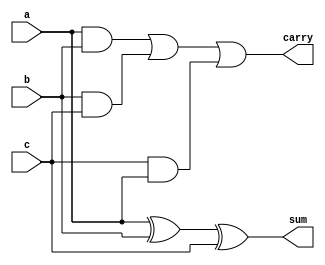
module fulladder(a,b,c,carry,sum);

input a,b,c;
output sum,carry;

assign sum = a ^ b ^ c;
assign carry = ((a&b)|(b&c)|(c&a));

endmodule


module halfadder(a,b,carry,sum);

input a,b;
output sum,carry;
                   
assign sum = a ^ b ;
assign carry = a&b ;

endmodule 
     

//for 1 bit number

module flip_flop(d,q,clk,reset);
input d,clk,reset;
output reg q;

always@(posedge clk)
begin
if(reset==1'b1)
q<=1'b0;
else
q<=d;
end 

endmodule

                  
            
module CSAM(a,b,clk,reset,out);

input [15:0] a,b;
input clk,reset;
output [31:0] out;

wire [15:0]pp0,pp1,pp2,pp3,pp4,pp5,pp6,pp7,pp8,pp9,pp10,pp11,pp12,pp13,pp14,pp15;




assign pp0 = {a[15]&b[0],a[14]&b[0],a[13]&b[0],a[12]&b[0],a[11]&b[0],a[10]&b[0],a[9]&b[0],a[8]&b[0],a[7]&b[0],a[6]&b[0],a[5]&b[0],a[4]&b[0],a[3]&b[0],a[2]&b[0],a[1]&b[0],a[0]&b[0]};
assign pp1 = {a[15]&b[1],a[14]&b[1],a[13]&b[1],a[12]&b[1],a[11]&b[1],a[10]&b[1],a[9]&b[1],a[8]&b[1],a[7]&b[1],a[6]&b[1],a[5]&b[1],a[4]&b[1],a[3]&b[1],a[2]&b[1],a[1]&b[1],a[0]&b[1]};
assign pp2 = {a[15]&b[2],a[14]&b[2],a[13]&b[2],a[12]&b[2],a[11]&b[2],a[10]&b[2],a[9]&b[2],a[8]&b[2],a[7]&b[2],a[6]&b[2],a[5]&b[2],a[4]&b[2],a[3]&b[2],a[2]&b[2],a[1]&b[2],a[0]&b[2]};
assign pp3 = {a[15]&b[3],a[14]&b[3],a[13]&b[3],a[12]&b[3],a[11]&b[3],a[10]&b[3],a[9]&b[3],a[8]&b[3],a[7]&b[3],a[6]&b[3],a[5]&b[3],a[4]&b[3],a[3]&b[3],a[2]&b[3],a[1]&b[3],a[0]&b[3]};
assign pp4 = {a[15]&b[4],a[14]&b[4],a[13]&b[4],a[12]&b[4],a[11]&b[4],a[10]&b[4],a[9]&b[4],a[8]&b[4],a[7]&b[4],a[6]&b[4],a[5]&b[4],a[4]&b[4],a[3]&b[4],a[2]&b[4],a[1]&b[4],a[0]&b[4]};
assign pp5 = {a[15]&b[5],a[14]&b[5],a[13]&b[5],a[12]&b[5],a[11]&b[5],a[10]&b[5],a[9]&b[5],a[8]&b[5],a[7]&b[5],a[6]&b[5],a[5]&b[5],a[4]&b[5],a[3]&b[5],a[2]&b[5],a[1]&b[5],a[0]&b[5]};
assign pp6 = {a[15]&b[6],a[14]&b[6],a[13]&b[6],a[12]&b[6],a[11]&b[6],a[10]&b[6],a[9]&b[6],a[8]&b[6],a[7]&b[6],a[6]&b[6],a[5]&b[6],a[4]&b[6],a[3]&b[6],a[2]&b[6],a[1]&b[6],a[0]&b[6]};
assign pp7 = {a[15]&b[7],a[14]&b[7],a[13]&b[7],a[12]&b[7],a[11]&b[7],a[10]&b[7],a[9]&b[7],a[8]&b[7],a[7]&b[7],a[6]&b[7],a[5]&b[7],a[4]&b[7],a[3]&b[7],a[2]&b[7],a[1]&b[7],a[0]&b[7]};
assign pp8 = {a[15]&b[8],a[14]&b[8],a[13]&b[8],a[12]&b[8],a[11]&b[8],a[10]&b[8],a[9]&b[8],a[8]&b[8],a[7]&b[8],a[6]&b[8],a[5]&b[8],a[4]&b[8],a[3]&b[8],a[2]&b[8],a[1]&b[8],a[0]&b[8]};
assign pp9 = {a[15]&b[9],a[14]&b[9],a[13]&b[9],a[12]&b[9],a[11]&b[9],a[10]&b[9],a[9]&b[9],a[8]&b[9],a[7]&b[9],a[6]&b[9],a[5]&b[9],a[4]&b[9],a[3]&b[9],a[2]&b[9],a[1]&b[9],a[0]&b[9]};
assign pp10 = {a[15]&b[10],a[14]&b[10],a[13]&b[10],a[12]&b[10],a[11]&b[10],a[10]&b[10],a[9]&b[10],a[8]&b[10],a[7]&b[10],a[6]&b[10],a[5]&b[10],a[4]&b[10],a[3]&b[10],a[2]&b[10],a[1]&b[10],a[0]&b[10]};
assign pp11 = {a[15]&b[11],a[14]&b[11],a[13]&b[11],a[12]&b[11],a[11]&b[11],a[10]&b[11],a[9]&b[11],a[8]&b[11],a[7]&b[11],a[6]&b[11],a[5]&b[11],a[4]&b[11],a[3]&b[11],a[2]&b[11],a[1]&b[11],a[0]&b[11]};
assign pp12 = {a[15]&b[12],a[14]&b[12],a[13]&b[12],a[12]&b[12],a[11]&b[12],a[10]&b[12],a[9]&b[12],a[8]&b[12],a[7]&b[12],a[6]&b[12],a[5]&b[12],a[4]&b[12],a[3]&b[12],a[2]&b[12],a[1]&b[12],a[0]&b[12]};
assign pp13 = {a[15]&b[13],a[14]&b[13],a[13]&b[13],a[12]&b[13],a[11]&b[13],a[10]&b[13],a[9]&b[13],a[8]&b[13],a[7]&b[13],a[6]&b[13],a[5]&b[13],a[4]&b[13],a[3]&b[13],a[2]&b[13],a[1]&b[13],a[0]&b[13]};
assign pp14 = {a[15]&b[14],a[14]&b[14],a[13]&b[14],a[12]&b[14],a[11]&b[14],a[10]&b[14],a[9]&b[14],a[8]&b[14],a[7]&b[14],a[6]&b[14],a[5]&b[14],a[4]&b[14],a[3]&b[14],a[2]&b[14],a[1]&b[14],a[0]&b[14]};
assign pp15 = {a[15]&b[15],a[14]&b[15],a[13]&b[15],a[12]&b[15],a[11]&b[15],a[10]&b[15],a[9]&b[15],a[8]&b[15],a[7]&b[15],a[6]&b[15],a[5]&b[15],a[4]&b[15],a[3]&b[15],a[2]&b[15],a[1]&b[15],a[0]&b[15]};


//FOR STAGE - 1
assign p0 = pp0[0];
halfadder mod0(pp0[1],pp1[0],carry1,p1);
fulladder mod1(pp0[2],pp1[1],pp2[0],carry2,sum1);
fulladder mod2(pp0[3],pp1[2],pp2[1],carry3,sum2);
fulladder mod3(pp0[4],pp1[3],pp2[2],carry4,sum3);
fulladder mod4(pp0[5],pp1[4],pp2[3],carry5,sum4);
fulladder mod5(pp0[6],pp1[5],pp2[4],carry6,sum5);
fulladder mod6(pp0[7],pp1[6],pp2[5],carry7,sum6);
fulladder mod7(pp0[8],pp1[7],pp2[6],carry8,sum7);
fulladder mod8(pp0[9],pp1[8],pp2[7],carry9,sum8);
fulladder mod9(pp0[10],pp1[9],pp2[8],carry10,sum9);
fulladder mod10(pp0[11],pp1[10],pp2[9],carry11,sum10);
fulladder mod11(pp0[12],pp1[11],pp2[10],carry12,sum11);
fulladder mod12(pp0[13],pp1[12],pp2[11],carry13,sum12);
fulladder mod13(pp0[14],pp1[13],pp2[12],carry14,sum13);
fulladder mod14(pp0[15],pp1[14],pp2[13],carry15,sum14);  

//FOR STAGE - 1 PIPELINE 
flip_flop  mod241(p0,p01,clk,reset); 
flip_flop  mod242(p1,p11,clk,reset); 
flip_flop  mod243(carry1,qcarry1,clk,reset); 
flip_flop  mod244(carry2,qcarry2,clk,reset);
flip_flop  mod245(carry3,qcarry3,clk,reset);
flip_flop  mod246(carry4,qcarry4,clk,reset);
flip_flop  mod247(carry5,qcarry5,clk,reset);
flip_flop  mod248(carry6,qcarry6,clk,reset);
flip_flop  mod249(carry7,qcarry7,clk,reset); 
flip_flop  mod250(carry8,qcarry8,clk,reset); 
flip_flop  mod251(carry9,qcarry9,clk,reset); 
flip_flop  mod252(carry10,qcarry10,clk,reset);
flip_flop  mod253(carry11,qcarry11,clk,reset);
flip_flop  mod254(carry12,qcarry12,clk,reset);
flip_flop  mod255(carry13,qcarry13,clk,reset);     
flip_flop  mod256(carry14,qcarry14,clk,reset);
flip_flop  mod257(carry15,qcarry15,clk,reset); 

flip_flop  mod258(sum1,qsum1,clk,reset); 
flip_flop  mod259(sum2,qsum2,clk,reset);
flip_flop  mod260(sum3,qsum3,clk,reset);
flip_flop  mod261(sum4,qsum4,clk,reset);
flip_flop  mod262(sum5,qsum5,clk,reset);
flip_flop  mod263(sum6,qsum6,clk,reset); 
flip_flop  mod264(sum7,qsum7,clk,reset); 
flip_flop  mod265(sum8,qsum8,clk,reset);
flip_flop  mod266(sum9,qsum9,clk,reset);
flip_flop  mod267(sum10,qsum10,clk,reset);
flip_flop  mod268(sum11,qsum11,clk,reset);
flip_flop  mod269(sum12,qsum12,clk,reset);
flip_flop  mod270(sum13,qsum13,clk,reset);
flip_flop  mod271(sum14,qsum14,clk,reset);



//FOR STAGE - 2   


halfadder mod15(qsum1,qcarry1,carry16,p2);
fulladder mod16(qsum2,qcarry2,pp3[0],carry17,sum15);  
fulladder mod17(qsum3,qcarry3,pp3[1],carry18,sum16);                                            
fulladder mod18(qsum4,qcarry4,pp3[2],carry19,sum17);
fulladder mod19(qsum5,qcarry5,pp3[3],carry20,sum18);
fulladder mod20(qsum6,qcarry6,pp3[4],carry21,sum19);
fulladder mod21(qsum7,qcarry7,pp3[5],carry22,sum20);
fulladder mod22(qsum8,qcarry8,pp3[6],carry23,sum21);
fulladder mod23(qsum9,qcarry9,pp3[7],carry24,sum22);
fulladder mod24(qsum10,qcarry10,pp3[8],carry25,sum23);
fulladder mod25(qsum11,qcarry11,pp3[9],carry26,sum24);
fulladder mod26(qsum12,qcarry12,pp3[10],carry27,sum25);
fulladder mod27(qsum13,qcarry13,pp3[11],carry28,sum26);
fulladder mod28(qsum14,qcarry14,pp3[12],carry29,sum27);
fulladder mod29(pp1[15],pp2[14],qcarry15,carry30,sum28);



//FOR STAGE - 2 PIPELINE 
flip_flop  mod272(p01,p02,clk,reset); 
flip_flop  mod273(p11,p12,clk,reset);
flip_flop  mod274(p2,p21,clk,reset); 
flip_flop  mod275(carry16,qcarry16,clk,reset); 
flip_flop  mod276(carry17,qcarry17,clk,reset);
flip_flop  mod277(carry18,qcarry18,clk,reset);
flip_flop  mod278(carry19,qcarry19,clk,reset);
flip_flop  mod279(carry20,qcarry20,clk,reset);
flip_flop  mod280(carry21,qcarry21,clk,reset);
flip_flop  mod281(carry22,qcarry22,clk,reset); 
flip_flop  mod282(carry23,qcarry23,clk,reset); 
flip_flop  mod283(carry24,qcarry24,clk,reset); 
flip_flop  mod284(carry25,qcarry25,clk,reset);
flip_flop  mod285(carry26,qcarry26,clk,reset);
flip_flop  mod286(carry27,qcarry27,clk,reset);
flip_flop  mod287(carry28,qcarry28,clk,reset);     
flip_flop  mod288(carry29,qcarry29,clk,reset);
flip_flop  mod289(carry30,qcarry30,clk,reset); 

flip_flop  mod290(sum15,qsum15,clk,reset);
flip_flop  mod291(sum16,qsum16,clk,reset);
flip_flop  mod292(sum17,qsum17,clk,reset);
flip_flop  mod293(sum18,qsum18,clk,reset);
flip_flop  mod294(sum19,qsum19,clk,reset);
flip_flop  mod295(sum20,qsum20,clk,reset);
flip_flop  mod296(sum21,qsum21,clk,reset);
flip_flop  mod297(sum22,qsum22,clk,reset);
flip_flop  mod298(sum23,qsum23,clk,reset);
flip_flop  mod299(sum24,qsum24,clk,reset);
flip_flop  mod300(sum25,qsum25,clk,reset);
flip_flop  mod301(sum26,qsum26,clk,reset);
flip_flop  mod302(sum27,qsum27,clk,reset);
flip_flop  mod303(sum28,qsum28,clk,reset);



//FOR STAGE - 3
halfadder mod30(qsum15,qcarry16,carry31,p3);
fulladder mod31(qsum16,qcarry17,pp4[0],carry32,sum29);  
fulladder mod32(qsum17,qcarry18,pp4[1],carry33,sum30);
fulladder mod33(qsum18,qcarry19,pp4[2],carry34,sum31);
fulladder mod34(qsum19,qcarry20,pp4[3],carry35,sum32);
fulladder mod35(qsum20,qcarry21,pp4[4],carry36,sum33);
fulladder mod36(qsum21,qcarry22,pp4[5],carry37,sum34);
fulladder mod37(qsum22,qcarry23,pp4[6],carry38,sum35);
fulladder mod38(qsum23,qcarry24,pp4[7],carry39,sum36);
fulladder mod39(qsum24,qcarry25,pp4[8],carry40,sum37);
fulladder mod40(qsum25,qcarry26,pp4[9],carry41,sum38);
fulladder mod41(qsum26,qcarry27,pp4[10],carry42,sum39);
fulladder mod42(qsum27,qcarry28,pp4[11],carry43,sum40);
fulladder mod43(qsum28,qcarry29,pp3[13],carry44,sum41);
fulladder mod44(pp2[15],pp3[14],qcarry30,carry45,sum42);

//FOR STAGE - 3 PIPELINE 
flip_flop  mod304(p02,p03,clk,reset); 
flip_flop  mod305(p12,p13,clk,reset);
flip_flop  mod306(p21,p22,clk,reset);
flip_flop  mod307(p3,p31,clk,reset);
flip_flop  mod308(carry31,qcarry31,clk,reset); 
flip_flop  mod309(carry32,qcarry32,clk,reset);
flip_flop  mod310(carry33,qcarry33,clk,reset);
flip_flop  mod311(carry34,qcarry34,clk,reset);
flip_flop  mod312(carry35,qcarry35,clk,reset);
flip_flop  mod313(carry36,qcarry36,clk,reset);
flip_flop  mod314(carry37,qcarry37,clk,reset); 
flip_flop  mod315(carry38,qcarry38,clk,reset); 
flip_flop  mod316(carry39,qcarry39,clk,reset); 
flip_flop  mod317(carry40,qcarry40,clk,reset);
flip_flop  mod318(carry41,qcarry41,clk,reset);
flip_flop  mod319(carry42,qcarry42,clk,reset);
flip_flop  mod320(carry43,qcarry43,clk,reset);     
flip_flop  mod321(carry44,qcarry44,clk,reset);
flip_flop  mod322(carry45,qcarry45,clk,reset); 

flip_flop  mod323(sum29,qsum29,clk,reset);
flip_flop  mod324(sum30,qsum30,clk,reset);
flip_flop  mod325(sum31,qsum31,clk,reset);
flip_flop  mod326(sum32,qsum32,clk,reset);
flip_flop  mod327(sum33,qsum33,clk,reset);
flip_flop  mod328(sum34,qsum34,clk,reset);
flip_flop  mod329(sum35,qsum35,clk,reset);
flip_flop  mod330(sum36,qsum36,clk,reset);
flip_flop  mod331(sum37,qsum37,clk,reset);
flip_flop  mod332(sum38,qsum38,clk,reset);
flip_flop  mod333(sum39,qsum39,clk,reset);
flip_flop  mod334(sum40,qsum40,clk,reset);
flip_flop  mod335(sum41,qsum41,clk,reset);
flip_flop  mod336(sum42,qsum42,clk,reset);



//FOR STAGE - 4
halfadder mod45(qsum29,qcarry31,carry46,p4);
fulladder mod46(qsum30,qcarry32,pp5[0],carry47,sum43);  
fulladder mod47(qsum31,qcarry33,pp5[1],carry48,sum44);
fulladder mod48(qsum32,qcarry34,pp5[2],carry49,sum45);
fulladder mod49(qsum33,qcarry35,pp5[3],carry50,sum46);
fulladder mod50(qsum34,qcarry36,pp5[4],carry51,sum47);
fulladder mod51(qsum35,qcarry37,pp5[5],carry52,sum48);
fulladder mod52(qsum36,qcarry38,pp5[6],carry53,sum49);
fulladder mod53(qsum37,qcarry39,pp5[7],carry54,sum50);
fulladder mod54(qsum38,qcarry40,pp5[8],carry55,sum51);
fulladder mod55(qsum39,qcarry41,pp5[9],carry56,sum52);
fulladder mod56(qsum40,qcarry42,pp5[10],carry57,sum53);
fulladder mod57(qsum41,qcarry43,pp4[12],carry58,sum54);
fulladder mod58(qsum42,qcarry44,pp4[13],carry59,sum55);
fulladder mod59(pp3[15],pp4[14],qcarry45,carry60,sum56);

//FOR STAGE - 4 PIPELINE 
flip_flop  mod337(p03,p04,clk,reset); 
flip_flop  mod338(p13,p14,clk,reset);
flip_flop  mod339(p22,p23,clk,reset);
flip_flop  mod340(p31,p32,clk,reset);
flip_flop  mod341(p4,p41,clk,reset);
flip_flop  mod342(carry46,qcarry46,clk,reset); 
flip_flop  mod343(carry47,qcarry47,clk,reset);
flip_flop  mod344(carry48,qcarry48,clk,reset);
flip_flop  mod345(carry49,qcarry49,clk,reset);
flip_flop  mod346(carry50,qcarry50,clk,reset);
flip_flop  mod347(carry51,qcarry51,clk,reset);
flip_flop  mod348(carry52,qcarry52,clk,reset); 
flip_flop  mod349(carry53,qcarry53,clk,reset); 
flip_flop  mod350(carry54,qcarry54,clk,reset); 
flip_flop  mod351(carry55,qcarry55,clk,reset);
flip_flop  mod352(carry56,qcarry56,clk,reset);
flip_flop  mod353(carry57,qcarry57,clk,reset);
flip_flop  mod354(carry58,qcarry58,clk,reset);     
flip_flop  mod355(carry59,qcarry59,clk,reset);
flip_flop  mod356(carry60,qcarry60,clk,reset); 

flip_flop  mod357(sum43,qsum43,clk,reset);
flip_flop  mod358(sum44,qsum44,clk,reset);
flip_flop  mod359(sum45,qsum45,clk,reset);
flip_flop  mod360(sum46,qsum46,clk,reset);
flip_flop  mod361(sum47,qsum47,clk,reset);
flip_flop  mod362(sum48,qsum48,clk,reset);
flip_flop  mod363(sum49,qsum49,clk,reset);
flip_flop  mod364(sum50,qsum50,clk,reset);
flip_flop  mod365(sum51,qsum51,clk,reset);
flip_flop  mod366(sum52,qsum52,clk,reset);
flip_flop  mod367(sum53,qsum53,clk,reset);
flip_flop  mod368(sum54,qsum54,clk,reset);
flip_flop  mod369(sum55,qsum55,clk,reset);
flip_flop  mod370(sum56,qsum56,clk,reset);






//FOR STAGE - 5
halfadder mod60(qsum43,qcarry46,carry61,p5);
fulladder mod61(qsum44,qcarry47,pp6[0],carry62,sum57);  
fulladder mod62(qsum45,qcarry48,pp6[1],carry63,sum58);
fulladder mod63(qsum46,qcarry49,pp6[2],carry64,sum59);
fulladder mod64(qsum47,qcarry50,pp6[3],carry65,sum60);
fulladder mod65(qsum48,qcarry51,pp6[4],carry66,sum61);
fulladder mod66(qsum49,qcarry52,pp6[5],carry67,sum62);
fulladder mod67(qsum50,qcarry53,pp6[6],carry68,sum63);
fulladder mod68(qsum51,qcarry54,pp6[7],carry69,sum64);
fulladder mod69(qsum52,qcarry55,pp6[8],carry70,sum65);
fulladder mod70(qsum53,qcarry56,pp6[9],carry71,sum66);
fulladder mod71(qsum54,qcarry57,pp5[11],carry72,sum67);
fulladder mod72(qsum55,qcarry58,pp5[12],carry73,sum68);
fulladder mod73(qsum56,qcarry59,pp5[13],carry74,sum69);
fulladder mod74(pp4[15],pp5[14],qcarry60,carry75,sum70);

//FOR STAGE - 5 PIPELINE 
flip_flop  mod371(p04,p05,clk,reset); 
flip_flop  mod372(p14,p15,clk,reset);
flip_flop  mod373(p23,p24,clk,reset);
flip_flop  mod374(p32,p33,clk,reset);
flip_flop  mod375(p41,p42,clk,reset);
flip_flop  mod376(p5,p51,clk,reset);
flip_flop  mod377(carry61,qcarry61,clk,reset); 
flip_flop  mod378(carry62,qcarry62,clk,reset);
flip_flop  mod379(carry63,qcarry63,clk,reset);
flip_flop  mod380(carry64,qcarry64,clk,reset);
flip_flop  mod381(carry65,qcarry65,clk,reset);
flip_flop  mod382(carry66,qcarry66,clk,reset);
flip_flop  mod383(carry67,qcarry67,clk,reset); 
flip_flop  mod384(carry68,qcarry68,clk,reset); 
flip_flop  mod385(carry69,qcarry69,clk,reset); 
flip_flop  mod386(carry70,qcarry70,clk,reset);
flip_flop  mod387(carry71,qcarry71,clk,reset);
flip_flop  mod388(carry72,qcarry72,clk,reset);
flip_flop  mod389(carry73,qcarry73,clk,reset);     
flip_flop  mod390(carry74,qcarry74,clk,reset);
flip_flop  mod391(carry75,qcarry75,clk,reset); 

flip_flop  mod392(sum57,qsum57,clk,reset);
flip_flop  mod393(sum58,qsum58,clk,reset);
flip_flop  mod394(sum59,qsum59,clk,reset);
flip_flop  mod395(sum60,qsum60,clk,reset);
flip_flop  mod396(sum61,qsum61,clk,reset);
flip_flop  mod397(sum62,qsum62,clk,reset);
flip_flop  mod398(sum63,qsum63,clk,reset);
flip_flop  mod399(sum64,qsum64,clk,reset);
flip_flop  mod400(sum65,qsum65,clk,reset);
flip_flop  mod401(sum66,qsum66,clk,reset);
flip_flop  mod402(sum67,qsum67,clk,reset);
flip_flop  mod403(sum68,qsum68,clk,reset);
flip_flop  mod404(sum69,qsum69,clk,reset);
flip_flop  mod405(sum70,qsum70,clk,reset);



//FOR STAGE - 6 
halfadder mod75(qsum57,qcarry61,carry76,p6);
fulladder mod76(qsum58,qcarry62,pp7[0],carry77,sum71);  
fulladder mod77(qsum59,qcarry63,pp7[1],carry78,sum72);
fulladder mod78(qsum60,qcarry64,pp7[2],carry79,sum73);
fulladder mod79(qsum61,qcarry65,pp7[3],carry80,sum74);
fulladder mod80(qsum62,qcarry66,pp7[4],carry81,sum75);
fulladder mod81(qsum63,qcarry67,pp7[5],carry82,sum76);
fulladder mod82(qsum64,qcarry68,pp7[6],carry83,sum77);
fulladder mod83(qsum65,qcarry69,pp7[7],carry84,sum78);
fulladder mod84(qsum66,qcarry70,pp7[8],carry85,sum79);
fulladder mod85(qsum67,qcarry71,pp6[10],carry86,sum80);
fulladder mod86(qsum68,qcarry72,pp6[11],carry87,sum81);
fulladder mod87(qsum69,qcarry73,pp6[12],carry88,sum82);
fulladder mod88(qsum70,qcarry74,pp6[13],carry89,sum83);
fulladder mod89(pp5[15],pp6[14],qcarry75,carry90,sum84);




//FOR STAGE - 6 PIPELINE 

flip_flop  mod406(p05,p06,clk,reset); 
flip_flop  mod407(p15,p16,clk,reset);
flip_flop  mod408(p24,p25,clk,reset);
flip_flop  mod409(p33,p34,clk,reset);
flip_flop  mod410(p42,p43,clk,reset);
flip_flop  mod411(p51,p52,clk,reset);
flip_flop  mod412(p6,p61,clk,reset);
flip_flop  mod413(carry76,qcarry76,clk,reset); 
flip_flop  mod414(carry77,qcarry77,clk,reset);
flip_flop  mod415(carry78,qcarry78,clk,reset);
flip_flop  mod416(carry79,qcarry79,clk,reset);
flip_flop  mod417(carry80,qcarry80,clk,reset);
flip_flop  mod418(carry81,qcarry81,clk,reset);
flip_flop  mod419(carry82,qcarry82,clk,reset); 
flip_flop  mod420(carry83,qcarry83,clk,reset); 
flip_flop  mod421(carry84,qcarry84,clk,reset); 
flip_flop  mod422(carry85,qcarry85,clk,reset);
flip_flop  mod423(carry86,qcarry86,clk,reset);
flip_flop  mod424(carry87,qcarry87,clk,reset);
flip_flop  mod425(carry88,qcarry88,clk,reset);     
flip_flop  mod426(carry89,qcarry89,clk,reset);
flip_flop  mod427(carry90,qcarry90,clk,reset); 

flip_flop  mod428(sum71,qsum71,clk,reset);
flip_flop  mod429(sum72,qsum72,clk,reset);
flip_flop  mod430(sum73,qsum73,clk,reset);
flip_flop  mod431(sum74,qsum74,clk,reset);
flip_flop  mod432(sum75,qsum75,clk,reset);
flip_flop  mod433(sum76,qsum76,clk,reset);
flip_flop  mod434(sum77,qsum77,clk,reset);
flip_flop  mod435(sum78,qsum78,clk,reset);
flip_flop  mod436(sum79,qsum79,clk,reset);
flip_flop  mod437(sum80,qsum80,clk,reset);
flip_flop  mod438(sum81,qsum81,clk,reset);
flip_flop  mod439(sum82,qsum82,clk,reset);
flip_flop  mod440(sum83,qsum83,clk,reset);
flip_flop  mod441(sum84,qsum84,clk,reset);

//FOR sumTAGE - 7
halfadder mod90(qsum71,qcarry76,carry91,p7);
fulladder mod91(qsum72,qcarry77,pp8[0],carry92,sum85);  
fulladder mod92(qsum73,qcarry78,pp8[1],carry93,sum86);
fulladder mod93(qsum74,qcarry79,pp8[2],carry94,sum87);
fulladder mod94(qsum75,qcarry80,pp8[3],carry95,sum88);
fulladder mod95(qsum76,qcarry81,pp8[4],carry96,sum89);
fulladder mod96(qsum77,qcarry82,pp8[5],carry97,sum90);
fulladder mod97(qsum78,qcarry83,pp8[6],carry98,sum91);
fulladder mod98(qsum79,qcarry84,pp8[7],carry99,sum92);
fulladder mod99(qsum80,qcarry85,pp7[9],carry100,sum93);
fulladder mod100(qsum81,qcarry86,pp7[10],carry101,sum94);
fulladder mod101(qsum82,qcarry87,pp7[11],carry102,sum95);
fulladder mod102(qsum83,qcarry88,pp7[12],carry103,sum96);
fulladder mod103(qsum84,qcarry89,pp7[13],carry104,sum97);
fulladder mod104(pp6[15],pp7[14],qcarry90,carry105,sum98);


//FOR STAGE - 7 PIPELINE 

flip_flop  mod442(p06,p07,clk,reset); 
flip_flop  mod443(p16,p17,clk,reset);
flip_flop  mod444(p25,p26,clk,reset);
flip_flop  mod445(p34,p35,clk,reset);
flip_flop  mod446(p43,p44,clk,reset);
flip_flop  mod447(p52,p53,clk,reset);
flip_flop  mod448(p61,p62,clk,reset);
flip_flop  mod449(p7,p71,clk,reset);
flip_flop  mod450(carry91,qcarry91,clk,reset); 
flip_flop  mod451(carry92,qcarry92,clk,reset);
flip_flop  mod452(carry93,qcarry93,clk,reset);
flip_flop  mod453(carry94,qcarry94,clk,reset);
flip_flop  mod454(carry95,qcarry95,clk,reset);
flip_flop  mod455(carry96,qcarry96,clk,reset);
flip_flop  mod456(carry97,qcarry97,clk,reset); 
flip_flop  mod457(carry98,qcarry98,clk,reset); 
flip_flop  mod458(carry99,qcarry99,clk,reset); 
flip_flop  mod459(carry100,qcarry100,clk,reset);
flip_flop  mod460(carry101,qcarry101,clk,reset);
flip_flop  mod461(carry102,qcarry102,clk,reset);
flip_flop  mod462(carry103,qcarry103,clk,reset);     
flip_flop  mod463(carry104,qcarry104,clk,reset);
flip_flop  mod464(carry105,qcarry105,clk,reset); 

flip_flop  mod465(sum85,qsum85,clk,reset);
flip_flop  mod466(sum86,qsum86,clk,reset);
flip_flop  mod467(sum87,qsum87,clk,reset);
flip_flop  mod468(sum88,qsum88,clk,reset);
flip_flop  mod469(sum89,qsum89,clk,reset);
flip_flop  mod470(sum90,qsum90,clk,reset);
flip_flop  mod471(sum91,qsum91,clk,reset);
flip_flop  mod472(sum92,qsum92,clk,reset);
flip_flop  mod473(sum93,qsum93,clk,reset);
flip_flop  mod474(sum94,qsum94,clk,reset);
flip_flop  mod475(sum95,qsum95,clk,reset);
flip_flop  mod476(sum96,qsum96,clk,reset);
flip_flop  mod477(sum97,qsum97,clk,reset);
flip_flop  mod478(sum98,qsum98,clk,reset);








//FOR STAGE - 8
halfadder mod105(qsum85,qcarry91,carry106,p8);
fulladder mod106(qsum86,qcarry92,pp9[0],carry107,sum99);  
fulladder mod107(qsum87,qcarry93,pp9[1],carry108,sum100);
fulladder mod108(qsum88,qcarry94,pp9[2],carry109,sum101);
fulladder mod109(qsum89,qcarry95,pp9[3],carry110,sum102);
fulladder mod110(qsum90,qcarry96,pp9[4],carry111,sum103);
fulladder mod111(qsum91,qcarry97,pp9[5],carry112,sum104);
fulladder mod112(qsum92,qcarry98,pp9[6],carry113,sum105);
fulladder mod113(qsum93,qcarry99,pp8[8],carry114,sum106);
fulladder mod114(qsum94,qcarry100,pp8[9],carry115,sum107);
fulladder mod115(qsum95,qcarry101,pp8[10],carry116,sum108);
fulladder mod116(qsum96,qcarry102,pp8[11],carry117,sum109);
fulladder mod117(qsum97,qcarry103,pp8[12],carry118,sum110);
fulladder mod118(qsum98,qcarry104,pp8[13],carry119,sum111);
fulladder mod119(pp7[15],pp8[14],qcarry105,carry120,sum112);


//FOR STAGE - 8 PIPELINE 

flip_flop  mod479(p07,p08,clk,reset); 
flip_flop  mod480(p17,p18,clk,reset);
flip_flop  mod481(p26,p27,clk,reset);
flip_flop  mod482(p35,p36,clk,reset);
flip_flop  mod483(p44,p45,clk,reset);
flip_flop  mod484(p53,p54,clk,reset);
flip_flop  mod485(p62,p63,clk,reset);
flip_flop  mod486(p71,p72,clk,reset);
flip_flop  mod487(p8,p81,clk,reset);
flip_flop  mod488(carry106,qcarry106,clk,reset); 
flip_flop  mod489(carry107,qcarry107,clk,reset);
flip_flop  mod490(carry108,qcarry108,clk,reset);
flip_flop  mod491(carry109,qcarry109,clk,reset);
flip_flop  mod492(carry110,qcarry110,clk,reset);
flip_flop  mod493(carry111,qcarry111,clk,reset);
flip_flop  mod494(carry112,qcarry112,clk,reset); 
flip_flop  mod495(carry113,qcarry113,clk,reset); 
flip_flop  mod496(carry114,qcarry114,clk,reset); 
flip_flop  mod497(carry115,qcarry115,clk,reset);
flip_flop  mod498(carry116,qcarry116,clk,reset);
flip_flop  mod499(carry117,qcarry117,clk,reset);
flip_flop  mod500(carry118,qcarry118,clk,reset);     
flip_flop  mod501(carry119,qcarry119,clk,reset);
flip_flop  mod502(carry120,qcarry120,clk,reset); 

flip_flop  mod503(sum99,qsum99,clk,reset);
flip_flop  mod504(sum100,qsum100,clk,reset);
flip_flop  mod505(sum101,qsum101,clk,reset);
flip_flop  mod506(sum102,qsum102,clk,reset);
flip_flop  mod507(sum103,qsum103,clk,reset);
flip_flop  mod508(sum104,qsum104,clk,reset);
flip_flop  mod509(sum105,qsum105,clk,reset);
flip_flop  mod510(sum106,qsum106,clk,reset);
flip_flop  mod511(sum107,qsum107,clk,reset);
flip_flop  mod512(sum108,qsum108,clk,reset);
flip_flop  mod513(sum109,qsum109,clk,reset);
flip_flop  mod514(sum110,qsum110,clk,reset);
flip_flop  mod515(sum111,qsum111,clk,reset);
flip_flop  mod516(sum112,qsum112,clk,reset);






//FOR STAGE - 9
halfadder mod120(qsum99,qcarry106,carry121,p9);
fulladder mod121(qsum100,qcarry107,pp10[0],carry122,sum113);  
fulladder mod122(qsum101,qcarry108,pp10[1],carry123,sum114);
fulladder mod123(qsum102,qcarry109,pp10[2],carry124,sum115);
fulladder mod124(qsum103,qcarry110,pp10[3],carry125,sum116);
fulladder mod125(qsum104,qcarry111,pp10[4],carry126,sum117);
fulladder mod126(qsum105,qcarry112,pp10[5],carry127,sum118);
fulladder mod127(qsum106,qcarry113,pp9[7],carry128,sum119);
fulladder mod128(qsum107,qcarry114,pp9[8],carry129,sum120);
fulladder mod129(qsum108,qcarry115,pp9[9],carry130,sum121);
fulladder mod130(qsum109,qcarry116,pp9[10],carry131,sum122);
fulladder mod131(qsum110,qcarry117,pp9[11],carry132,sum123);
fulladder mod132(qsum111,qcarry118,pp9[12],carry133,sum124);
fulladder mod133(qsum112,qcarry119,pp9[13],carry134,sum125);
fulladder mod134(pp8[15],pp9[14],qcarry120,carry135,sum126);


//FOR STAGE - 9 PIPELINE 

flip_flop  mod517(p08,p09,clk,reset); 
flip_flop  mod518(p18,p19,clk,reset);
flip_flop  mod519(p27,p28,clk,reset);
flip_flop  mod520(p36,p37,clk,reset);
flip_flop  mod521(p45,p46,clk,reset);
flip_flop  mod522(p54,p55,clk,reset);
flip_flop  mod523(p63,p64,clk,reset);
flip_flop  mod524(p72,p73,clk,reset);
flip_flop  mod525(p81,p82,clk,reset);
flip_flop  mod526(p9,p91,clk,reset);
flip_flop  mod527(carry121,qcarry121,clk,reset); 
flip_flop  mod528(carry122,qcarry122,clk,reset);
flip_flop  mod529(carry123,qcarry123,clk,reset);
flip_flop  mod530(carry124,qcarry124,clk,reset);
flip_flop  mod531(carry125,qcarry125,clk,reset);
flip_flop  mod532(carry126,qcarry126,clk,reset);
flip_flop  mod533(carry127,qcarry127,clk,reset); 
flip_flop  mod534(carry128,qcarry128,clk,reset); 
flip_flop  mod535(carry129,qcarry129,clk,reset); 
flip_flop  mod536(carry130,qcarry130,clk,reset);
flip_flop  mod537(carry131,qcarry131,clk,reset);
flip_flop  mod538(carry132,qcarry132,clk,reset);
flip_flop  mod539(carry133,qcarry133,clk,reset);     
flip_flop  mod540(carry134,qcarry134,clk,reset);
flip_flop  mod541(carry135,qcarry135,clk,reset); 

flip_flop  mod542(sum113,qsum113,clk,reset);
flip_flop  mod543(sum114,qsum114,clk,reset);
flip_flop  mod545(sum115,qsum115,clk,reset);
flip_flop  mod546(sum116,qsum116,clk,reset);
flip_flop  mod547(sum117,qsum117,clk,reset);
flip_flop  mod548(sum118,qsum118,clk,reset);
flip_flop  mod549(sum119,qsum119,clk,reset);
flip_flop  mod550(sum120,qsum120,clk,reset);
flip_flop  mod551(sum121,qsum121,clk,reset);
flip_flop  mod552(sum122,qsum122,clk,reset);
flip_flop  mod553(sum123,qsum123,clk,reset);
flip_flop  mod554(sum124,qsum124,clk,reset);
flip_flop  mod555(sum125,qsum125,clk,reset);
flip_flop  mod556(sum126,qsum126,clk,reset);


//FOR STAGE - 10
halfadder mod135(qsum113,qcarry121,carry136,p100);
fulladder mod136(qsum114,qcarry122,pp11[0],carry137,sum127);  
fulladder mod137(qsum115,qcarry123,pp11[1],carry138,sum128);
fulladder mod138(qsum116,qcarry124,pp11[2],carry139,sum129);
fulladder mod139(qsum117,qcarry125,pp11[3],carry140,sum130);
fulladder mod140(qsum118,qcarry126,pp11[4],carry141,sum131);
fulladder mod141(qsum119,qcarry127,pp10[6],carry142,sum132);
fulladder mod142(qsum120,qcarry128,pp10[7],carry143,sum133);
fulladder mod143(qsum121,qcarry129,pp10[8],carry144,sum134);
fulladder mod144(qsum122,qcarry130,pp10[9],carry145,sum135);
fulladder mod145(qsum123,qcarry131,pp10[10],carry146,sum136);
fulladder mod146(qsum124,qcarry132,pp10[11],carry147,sum137);
fulladder mod147(qsum125,qcarry133,pp10[12],carry148,sum138);
fulladder mod148(qsum126,qcarry134,pp10[13],carry149,sum139);
fulladder mod149(pp9[15],pp10[14],qcarry135,carry150,sum140);

//FOR STAGE - 10 PIPELINE 

flip_flop  mod557(p09,p010,clk,reset); 
flip_flop  mod558(p19,p110,clk,reset);
flip_flop  mod559(p28,p29,clk,reset);
flip_flop  mod560(p37,p38,clk,reset);
flip_flop  mod561(p46,p47,clk,reset);
flip_flop  mod562(p55,p56,clk,reset);
flip_flop  mod563(p64,p65,clk,reset);
flip_flop  mod564(p73,p74,clk,reset);
flip_flop  mod565(p82,p83,clk,reset);
flip_flop  mod566(p91,p92,clk,reset);
flip_flop  mod567(p100,p101,clk,reset);
flip_flop  mod568(carry136,qcarry136,clk,reset); 
flip_flop  mod569(carry137,qcarry137,clk,reset);
flip_flop  mod570(carry138,qcarry138,clk,reset);
flip_flop  mod571(carry139,qcarry139,clk,reset);
flip_flop  mod572(carry140,qcarry140,clk,reset);
flip_flop  mod573(carry141,qcarry141,clk,reset);
flip_flop  mod574(carry142,qcarry142,clk,reset); 
flip_flop  mod575(carry143,qcarry143,clk,reset); 
flip_flop  mod576(carry144,qcarry144,clk,reset); 
flip_flop  mod577(carry145,qcarry145,clk,reset);
flip_flop  mod578(carry146,qcarry146,clk,reset);
flip_flop  mod579(carry147,qcarry147,clk,reset);
flip_flop  mod580(carry148,qcarry148,clk,reset);     
flip_flop  mod581(carry149,qcarry149,clk,reset);
flip_flop  mod582(carry150,qcarry150,clk,reset); 

flip_flop  mod583(sum127,qsum127,clk,reset);
flip_flop  mod584(sum128,qsum128,clk,reset);
flip_flop  mod585(sum129,qsum129,clk,reset);
flip_flop  mod586(sum130,qsum130,clk,reset);
flip_flop  mod587(sum131,qsum131,clk,reset);
flip_flop  mod588(sum132,qsum132,clk,reset);
flip_flop  mod589(sum133,qsum133,clk,reset);
flip_flop  mod590(sum134,qsum134,clk,reset);
flip_flop  mod591(sum135,qsum135,clk,reset);
flip_flop  mod592(sum136,qsum136,clk,reset);
flip_flop  mod593(sum137,qsum137,clk,reset);
flip_flop  mod594(sum138,qsum138,clk,reset);
flip_flop  mod595(sum139,qsum139,clk,reset);
flip_flop  mod596(sum140,qsum140,clk,reset);


//FOR STAGE - 11
halfadder mod150(qsum127,qcarry136,carry151,p1100);
fulladder mod151(qsum128,qcarry137,pp12[0],carry152,sum141);  
fulladder mod152(qsum129,qcarry138,pp12[1],carry153,sum142);
fulladder mod153(qsum130,qcarry139,pp12[2],carry154,sum143);
fulladder mod154(qsum131,qcarry140,pp12[3],carry155,sum144);
fulladder mod155(qsum132,qcarry141,pp11[5],carry156,sum145);
fulladder mod156(qsum133,qcarry142,pp11[6],carry157,sum146);
fulladder mod240(qsum134,qcarry143,pp11[7],carry158,sum147);
fulladder mod157(qsum135,qcarry144,pp11[8],carry159,sum148);
fulladder mod158(qsum136,qcarry145,pp11[9],carry160,sum149);
fulladder mod159(qsum137,qcarry146,pp11[10],carry161,sum150);
fulladder mod160(qsum138,qcarry147,pp11[11],carry162,sum151);
fulladder mod161(qsum139,qcarry148,pp11[12],carry163,sum152);
fulladder mod162(qsum140,qcarry149,pp11[13],carry164,sum153);
fulladder mod163(pp10[15],pp11[14],qcarry150,carry165,sum154);


//FOR STAGE - 11 PIPELINE 

flip_flop  mod597(p010,p011,clk,reset); 
flip_flop  mod598(p110,p111,clk,reset);
flip_flop  mod599(p29,p210,clk,reset);
flip_flop  mod600(p38,p39,clk,reset);
flip_flop  mod601(p47,p48,clk,reset);
flip_flop  mod602(p56,p57,clk,reset);
flip_flop  mod603(p65,p66,clk,reset);
flip_flop  mod604(p74,p75,clk,reset);
flip_flop  mod605(p83,p84,clk,reset);
flip_flop  mod606(p92,p93,clk,reset);
flip_flop  mod607(p101,p102,clk,reset);
flip_flop  mod608(p1100,p1101,clk,reset);
flip_flop  mod609(carry151,qcarry151,clk,reset); 
flip_flop  mod610(carry152,qcarry152,clk,reset);
flip_flop  mod611(carry153,qcarry153,clk,reset);
flip_flop  mod612(carry154,qcarry154,clk,reset);
flip_flop  mod613(carry155,qcarry155,clk,reset);
flip_flop  mod614(carry156,qcarry156,clk,reset);
flip_flop  mod615(carry157,qcarry157,clk,reset); 
flip_flop  mod616(carry158,qcarry158,clk,reset); 
flip_flop  mod617(carry159,qcarry159,clk,reset); 
flip_flop  mod618(carry160,qcarry160,clk,reset);
flip_flop  mod619(carry161,qcarry161,clk,reset);
flip_flop  mod620(carry162,qcarry162,clk,reset);
flip_flop  mod621(carry163,qcarry163,clk,reset);     
flip_flop  mod622(carry164,qcarry164,clk,reset);
flip_flop  mod623(carry165,qcarry165,clk,reset); 

flip_flop  mod624(sum141,qsum141,clk,reset);
flip_flop  mod625(sum142,qsum142,clk,reset);
flip_flop  mod626(sum143,qsum143,clk,reset);
flip_flop  mod627(sum144,qsum144,clk,reset);
flip_flop  mod628(sum145,qsum145,clk,reset);
flip_flop  mod629(sum146,qsum146,clk,reset);
flip_flop  mod630(sum147,qsum147,clk,reset);
flip_flop  mod631(sum148,qsum148,clk,reset);
flip_flop  mod632(sum149,qsum149,clk,reset);
flip_flop  mod633(sum150,qsum150,clk,reset);
flip_flop  mod634(sum151,qsum151,clk,reset);
flip_flop  mod635(sum152,qsum152,clk,reset);
flip_flop  mod636(sum153,qsum153,clk,reset);
flip_flop  mod637(sum154,qsum154,clk,reset);





//FOR STAGE - 12
halfadder mod164(qsum141,qcarry151,carry166,p1200);
fulladder mod165(qsum142,qcarry152,pp13[0],carry167,sum155);  
fulladder mod166(qsum143,qcarry153,pp13[1],carry168,sum156);
fulladder mod167(qsum144,qcarry154,pp13[2],carry169,sum157);
fulladder mod168(qsum145,qcarry155,pp12[4],carry170,sum158);
fulladder mod169(qsum146,qcarry156,pp12[5],carry171,sum159);
fulladder mod170(qsum147,qcarry157,pp12[6],carry172,sum160);
fulladder mod171(qsum148,qcarry158,pp12[7],carry173,sum161);
fulladder mod172(qsum149,qcarry159,pp12[8],carry174,sum162);
fulladder mod173(qsum150,qcarry160,pp12[9],carry175,sum163);
fulladder mod174(qsum151,qcarry161,pp12[10],carry176,sum164);
fulladder mod175(qsum152,qcarry162,pp12[11],carry177,sum165);
fulladder mod176(qsum153,qcarry163,pp12[12],carry178,sum166);
fulladder mod177(qsum154,qcarry164,pp12[13],carry179,sum167);
fulladder mod178(pp11[15],pp12[14],qcarry165,carry180,sum168);

//FOR STAGE - 12 PIPELINE 

flip_flop  mod638(p011,p012,clk,reset); 
flip_flop  mod639(p111,p112,clk,reset);
flip_flop  mod640(p210,p211,clk,reset);
flip_flop  mod641(p39,p310,clk,reset);
flip_flop  mod642(p48,p49,clk,reset);
flip_flop  mod643(p57,p58,clk,reset);
flip_flop  mod644(p66,p67,clk,reset);
flip_flop  mod645(p75,p76,clk,reset);
flip_flop  mod646(p84,p85,clk,reset);
flip_flop  mod647(p93,p94,clk,reset);
flip_flop  mod648(p102,p103,clk,reset);
flip_flop  mod649(p1101,p1102,clk,reset);
flip_flop  mod650(p1200,p1201,clk,reset);
flip_flop  mod651(carry166,qcarry166,clk,reset); 
flip_flop  mod652(carry167,qcarry167,clk,reset);
flip_flop  mod653(carry168,qcarry168,clk,reset);
flip_flop  mod654(carry169,qcarry169,clk,reset);
flip_flop  mod655(carry170,qcarry170,clk,reset);
flip_flop  mod656(carry171,qcarry171,clk,reset);
flip_flop  mod657(carry172,qcarry172,clk,reset); 
flip_flop  mod658(carry173,qcarry173,clk,reset); 
flip_flop  mod659(carry174,qcarry174,clk,reset); 
flip_flop  mod660(carry175,qcarry175,clk,reset);
flip_flop  mod661(carry176,qcarry176,clk,reset);
flip_flop  mod662(carry177,qcarry177,clk,reset);
flip_flop  mod663(carry178,qcarry178,clk,reset);     
flip_flop  mod664(carry179,qcarry179,clk,reset);
flip_flop  mod665(carry180,qcarry180,clk,reset); 

flip_flop  mod666(sum155,qsum155,clk,reset);
flip_flop  mod667(sum156,qsum156,clk,reset);
flip_flop  mod668(sum157,qsum157,clk,reset);
flip_flop  mod669(sum158,qsum158,clk,reset);
flip_flop  mod670(sum159,qsum159,clk,reset);
flip_flop  mod671(sum160,qsum160,clk,reset);
flip_flop  mod672(sum161,qsum161,clk,reset);
flip_flop  mod673(sum162,qsum162,clk,reset);
flip_flop  mod674(sum163,qsum163,clk,reset);
flip_flop  mod675(sum164,qsum164,clk,reset);
flip_flop  mod676(sum165,qsum165,clk,reset);
flip_flop  mod677(sum166,qsum166,clk,reset);
flip_flop  mod678(sum167,qsum167,clk,reset);
flip_flop  mod679(sum168,qsum168,clk,reset);


//FOR STAGE - 13
halfadder mod179(qsum155,qcarry166,carry181,p1300);
fulladder mod180(qsum156,qcarry167,pp14[0],carry182,sum169);  
fulladder mod181(qsum157,qcarry168,pp14[1],carry183,sum170);
fulladder mod182(qsum158,qcarry169,pp13[3],carry184,sum171);
fulladder mod183(qsum159,qcarry170,pp13[4],carry185,sum172);
fulladder mod184(qsum160,qcarry171,pp13[5],carry186,sum173);
fulladder mod185(qsum161,qcarry172,pp13[6],carry187,sum174);
fulladder mod186(qsum162,qcarry173,pp13[7],carry188,sum175);
fulladder mod187(qsum163,qcarry174,pp13[8],carry189,sum176);
fulladder mod188(qsum164,qcarry175,pp13[9],carry190,sum177);
fulladder mod189(qsum165,qcarry176,pp13[10],carry191,sum178);
fulladder mod190(qsum166,qcarry177,pp13[11],carry192,sum179);
fulladder mod191(qsum167,qcarry178,pp13[12],carry193,sum180);
fulladder mod192(qsum168,qcarry179,pp13[13],carry194,sum181);
fulladder mod193(pp12[15],pp13[14],qcarry180,carry195,sum182);


//FOR STAGE - 13 PIPELINE 

flip_flop  mod680(p012,p013,clk,reset); 
flip_flop  mod681(p112,p113,clk,reset);
flip_flop  mod682(p211,p212,clk,reset);
flip_flop  mod683(p310,p311,clk,reset);
flip_flop  mod684(p49,p410,clk,reset);
flip_flop  mod685(p58,p59,clk,reset);
flip_flop  mod686(p67,p68,clk,reset);
flip_flop  mod687(p76,p77,clk,reset);
flip_flop  mod688(p85,p86,clk,reset);
flip_flop  mod689(p94,p95,clk,reset);
flip_flop  mod690(p103,p104,clk,reset);
flip_flop  mod691(p1102,p1103,clk,reset);
flip_flop  mod692(p1201,p1202,clk,reset);
flip_flop  mod693(p1300,p1301,clk,reset);
flip_flop  mod694(carry181,qcarry181,clk,reset); 
flip_flop  mod695(carry182,qcarry182,clk,reset);
flip_flop  mod696(carry183,qcarry183,clk,reset);
flip_flop  mod697(carry184,qcarry184,clk,reset);
flip_flop  mod698(carry185,qcarry185,clk,reset);
flip_flop  mod699(carry186,qcarry186,clk,reset);
flip_flop  mod700(carry187,qcarry187,clk,reset); 
flip_flop  mod701(carry188,qcarry188,clk,reset); 
flip_flop  mod702(carry189,qcarry189,clk,reset); 
flip_flop  mod703(carry190,qcarry190,clk,reset);
flip_flop  mod704(carry191,qcarry191,clk,reset);
flip_flop  mod705(carry192,qcarry192,clk,reset);
flip_flop  mod706(carry193,qcarry193,clk,reset);     
flip_flop  mod707(carry194,qcarry194,clk,reset);
flip_flop  mod708(carry195,qcarry195,clk,reset); 

flip_flop  mod709(sum169,qsum169,clk,reset);
flip_flop  mod710(sum170,qsum170,clk,reset);
flip_flop  mod711(sum171,qsum171,clk,reset);
flip_flop  mod712(sum172,qsum172,clk,reset);
flip_flop  mod713(sum173,qsum173,clk,reset);
flip_flop  mod714(sum174,qsum174,clk,reset);
flip_flop  mod715(sum175,qsum175,clk,reset);
flip_flop  mod716(sum176,qsum176,clk,reset);
flip_flop  mod717(sum177,qsum177,clk,reset);
flip_flop  mod718(sum178,qsum178,clk,reset);
flip_flop  mod719(sum179,qsum179,clk,reset);
flip_flop  mod720(sum180,qsum180,clk,reset);
flip_flop  mod721(sum181,qsum181,clk,reset);
flip_flop  mod722(sum182,qsum182,clk,reset);




//FOR STAGE - 14
halfadder mod194(qsum169,qcarry181,carry196,p1400);
fulladder mod195(qsum170,qcarry182,pp15[0],carry197,sum183);  
fulladder mod196(qsum171,qcarry183,pp14[2],carry198,sum184);
fulladder mod197(qsum172,qcarry184,pp14[3],carry199,sum185);
fulladder mod198(qsum173,qcarry185,pp14[4],carry200,sum186);
fulladder mod199(qsum174,qcarry186,pp14[5],carry201,sum187);
fulladder mod200(qsum175,qcarry187,pp14[6],carry202,sum188);
fulladder mod201(qsum176,qcarry188,pp14[7],carry203,sum189);
fulladder mod202(qsum177,qcarry189,pp14[8],carry204,sum190);
fulladder mod203(qsum178,qcarry190,pp14[9],carry205,sum191);
fulladder mod204(qsum179,qcarry191,pp14[10],carry206,sum192);
fulladder mod205(qsum180,qcarry192,pp14[11],carry207,sum193);
fulladder mod206(qsum181,qcarry193,pp14[12],carry208,sum194);
fulladder mod207(qsum182,qcarry194,pp14[13],carry209,sum195);
fulladder mod208(pp13[15],pp14[14],qcarry195,carry210,sum196);


//FOR STAGE - 14 PIPELINE 

flip_flop  mod723(p013,p014,clk,reset); 
flip_flop  mod724(p113,p114,clk,reset);
flip_flop  mod725(p212,p213,clk,reset);
flip_flop  mod726(p311,p312,clk,reset);
flip_flop  mod727(p410,p411,clk,reset);
flip_flop  mod728(p59,p510,clk,reset);
flip_flop  mod729(p68,p69,clk,reset);
flip_flop  mod730(p77,p78,clk,reset);
flip_flop  mod731(p86,p87,clk,reset);
flip_flop  mod732(p95,p96,clk,reset);
flip_flop  mod733(p104,p105,clk,reset);
flip_flop  mod734(p1103,p1104,clk,reset);
flip_flop  mod735(p1202,p1203,clk,reset);
flip_flop  mod736(p1301,p1302,clk,reset);
flip_flop  mod737(p1400,p1401,clk,reset);
flip_flop  mod738(carry196,qcarry196,clk,reset); 
flip_flop  mod739(carry197,qcarry197,clk,reset);
flip_flop  mod740(carry198,qcarry198,clk,reset);
flip_flop  mod741(carry199,qcarry199,clk,reset);
flip_flop  mod742(carry200,qcarry200,clk,reset);
flip_flop  mod743(carry201,qcarry201,clk,reset);
flip_flop  mod744(carry202,qcarry202,clk,reset); 
flip_flop  mod745(carry203,qcarry203,clk,reset); 
flip_flop  mod746(carry204,qcarry204,clk,reset); 
flip_flop  mod747(carry205,qcarry205,clk,reset);
flip_flop  mod748(carry206,qcarry206,clk,reset);
flip_flop  mod749(carry207,qcarry207,clk,reset);
flip_flop  mod750(carry208,qcarry208,clk,reset);     
flip_flop  mod751(carry209,qcarry209,clk,reset);
flip_flop  mod752(carry210,qcarry210,clk,reset); 

flip_flop  mod753(sum183,qsum183,clk,reset);
flip_flop  mod754(sum184,qsum184,clk,reset);
flip_flop  mod755(sum185,qsum185,clk,reset);
flip_flop  mod756(sum186,qsum186,clk,reset);
flip_flop  mod757(sum187,qsum187,clk,reset);
flip_flop  mod758(sum188,qsum188,clk,reset);
flip_flop  mod759(sum189,qsum189,clk,reset);
flip_flop  mod760(sum190,qsum190,clk,reset);
flip_flop  mod761(sum191,qsum191,clk,reset);
flip_flop  mod762(sum192,qsum192,clk,reset);
flip_flop  mod763(sum193,qsum193,clk,reset);
flip_flop  mod764(sum194,qsum194,clk,reset);
flip_flop  mod765(sum195,qsum195,clk,reset);
flip_flop  mod766(sum196,qsum196,clk,reset);




//FOR STAGE - 15
halfadder mod209(qsum183,qcarry196,carry211,p1500);
fulladder mod210(qsum184,qcarry197,pp15[1],carry212,sum197);  
fulladder mod211(qsum185,qcarry198,pp15[2],carry213,sum198);
fulladder mod212(qsum186,qcarry199,pp15[3],carry214,sum199);
fulladder mod213(qsum187,qcarry200,pp15[4],carry215,sum200);
fulladder mod214(qsum188,qcarry201,pp15[5],carry216,sum201);
fulladder mod215(qsum189,qcarry202,pp15[6],carry217,sum202);
fulladder mod216(qsum190,qcarry203,pp15[7],carry218,sum203);
fulladder mod217(qsum191,qcarry204,pp15[8],carry219,sum204);
fulladder mod218(qsum192,qcarry205,pp15[9],carry220,sum205);
fulladder mod219(qsum193,qcarry206,pp15[10],carry221,sum206);
fulladder mod220(qsum194,qcarry207,pp15[11],carry222,sum207);
fulladder mod221(qsum195,qcarry208,pp15[12],carry223,sum208);
fulladder mod222(qsum196,qcarry209,pp15[13],carry224,sum209);
fulladder mod223(pp14[15],pp15[14],qcarry210,carry225,sum210);

//FOR STAGE - 15 PIPELINE 

flip_flop  mod767(p014,p015,clk,reset); 
flip_flop  mod768(p114,p115,clk,reset);
flip_flop  mod769(p213,p214,clk,reset);
flip_flop  mod770(p312,p313,clk,reset);
flip_flop  mod771(p411,p412,clk,reset);
flip_flop  mod772(p510,p511,clk,reset);
flip_flop  mod773(p69,p610,clk,reset);
flip_flop  mod774(p78,p79,clk,reset);
flip_flop  mod775(p87,p88,clk,reset);
flip_flop  mod776(p96,p97,clk,reset);
flip_flop  mod777(p105,p106,clk,reset);
flip_flop  mod778(p1104,p1105,clk,reset);
flip_flop  mod779(p1203,p1204,clk,reset);
flip_flop  mod780(p1302,p1303,clk,reset);
flip_flop  mod781(p1401,p1402,clk,reset);
flip_flop  mod782(p1500,p1501,clk,reset);
flip_flop  mod783(carry211,qcarry211,clk,reset); 
flip_flop  mod784(carry212,qcarry212,clk,reset);
flip_flop  mod785(carry213,qcarry213,clk,reset);
flip_flop  mod786(carry214,qcarry214,clk,reset);
flip_flop  mod787(carry215,qcarry215,clk,reset);
flip_flop  mod788(carry216,qcarry216,clk,reset);
flip_flop  mod789(carry217,qcarry217,clk,reset); 
flip_flop  mod790(carry218,qcarry218,clk,reset); 
flip_flop  mod791(carry219,qcarry219,clk,reset); 
flip_flop  mod792(carry220,qcarry220,clk,reset);
flip_flop  mod793(carry221,qcarry221,clk,reset);
flip_flop  mod794(carry222,qcarry222,clk,reset);
flip_flop  mod795(carry223,qcarry223,clk,reset);     
flip_flop  mod796(carry224,qcarry224,clk,reset);
flip_flop  mod797(carry225,qcarry225,clk,reset); 

flip_flop  mod798(sum197,qsum197,clk,reset);
flip_flop  mod799(sum198,qsum198,clk,reset);
flip_flop  mod800(sum199,qsum199,clk,reset);
flip_flop  mod801(sum200,qsum200,clk,reset);
flip_flop  mod802(sum201,qsum201,clk,reset);
flip_flop  mod803(sum202,qsum202,clk,reset);
flip_flop  mod804(sum203,qsum203,clk,reset);
flip_flop  mod805(sum204,qsum204,clk,reset);
flip_flop  mod806(sum205,qsum205,clk,reset);
flip_flop  mod807(sum206,qsum206,clk,reset);
flip_flop  mod808(sum207,qsum207,clk,reset);
flip_flop  mod809(sum208,qsum208,clk,reset);
flip_flop  mod810(sum209,qsum209,clk,reset);
flip_flop  mod811(sum210,qsum210,clk,reset); 



//FOR STAGE - 16
halfadder mod224(qsum197,qcarry211,carry226,p1600);
fulladder mod225(qsum198,qcarry212,carry226,carry227,p1700);  
fulladder mod226(qsum199,qcarry213,carry227,carry228,p1800);
fulladder mod227(qsum200,qcarry214,carry228,carry229,p1900);
fulladder mod228(qsum201,qcarry215,carry229,carry230,p2000);
fulladder mod229(qsum202,qcarry216,carry230,carry231,p2100);
fulladder mod230(qsum203,qcarry217,carry231,carry232,p2200);
fulladder mod231(qsum204,qcarry218,carry232,carry233,p2300);
fulladder mod232(qsum205,qcarry219,carry233,carry234,p2400);
fulladder mod233(qsum206,qcarry220,carry234,carry235,p2500);
fulladder mod234(qsum207,qcarry221,carry235,carry236,p2600);
fulladder mod235(qsum208,qcarry222,carry236,carry237,p2700);
fulladder mod236(qsum209,qcarry223,carry237,carry238,p2800);
fulladder mod237(qsum210,qcarry224,carry238,carry239,p2900);
fulladder mod238(pp15[15],qcarry225,carry239,p3100,p3000);    

assign out = {p3100,p3000,p2900,p2800,p2700,p2600,p2500,p2400,p2300,p2200,p2100,p2000,p1900,p1800,p1700,p1600,p1501,p1402,p1303,p1204,p1105,p106,p97,p88,p79,p610,p511,p412,p313,p214,p115,p015};

endmodule